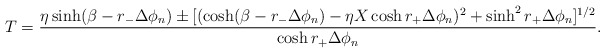
\begin{align*}T = { \eta \sinh(\beta - r_- \Delta \phi_n) \pm [( \cosh (\beta - r_-\Delta \phi_n) - \eta X \cosh r_+ \Delta \phi_n)^2 + \sinh^2r_+ \Delta \phi_n]^{1/2}\over \cosh r_+ \Delta \phi_n}.\end{align*}